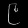
Digit: ၉